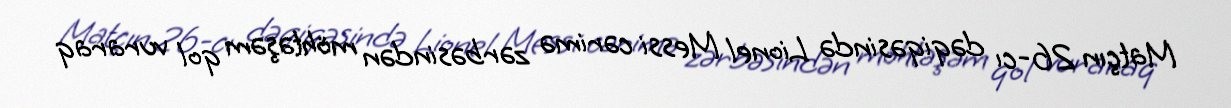
Matçın 26-cı dəqiqəsində Lionel Messi cərimə zərbəsindən möhtəşəm qol vuraraq